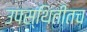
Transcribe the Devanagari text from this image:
उपस्थितीतच